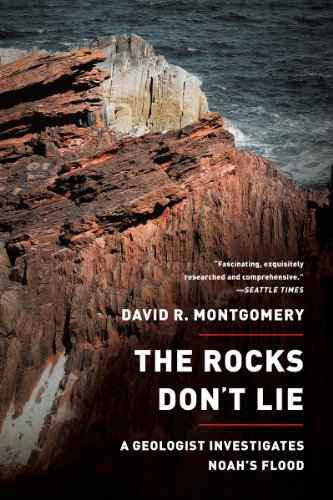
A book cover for The Rocks Don't Lie: A Geologist Investigates Noah's Flood; David R. Montgomery; Science & Math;